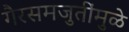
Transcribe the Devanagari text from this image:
गैरसमजुतींमुळे